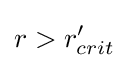
r>r'_{crit}